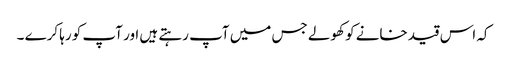
کہ اس قید خانے کو کھولے جس میں آپ رہتے ہیں اور آپ کو رہا کرے ۔